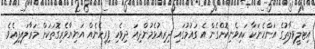
އިޓަލީވިލާތުގެ އަންހެނަކާ ކައިވެނިކޮށްގެން އެ ގައުމުގައި ދިރިއުޅެމުންދިއަ ދިވެހި ފިރިހެނެއް އަނިޔާވެރިގޮތަކަށް މަރާލައިފިއެވެ.